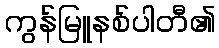
ကွန်မြူနစ်ပါတီ၏